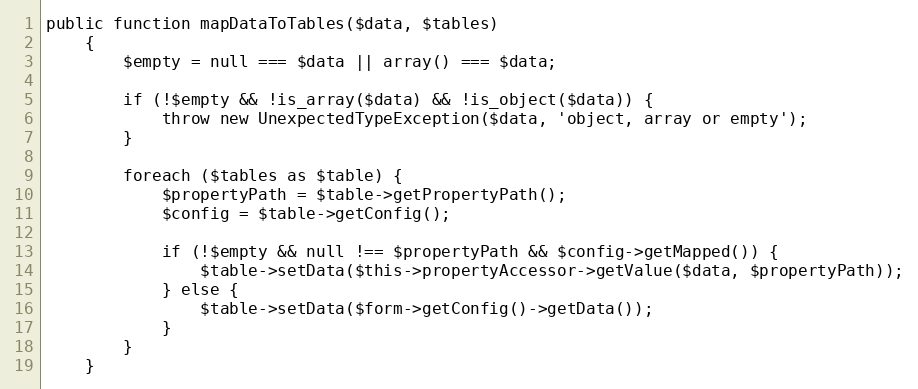
Language: PHP
public function mapDataToTables($data, $tables)
    {
        $empty = null === $data || array() === $data;

        if (!$empty && !is_array($data) && !is_object($data)) {
            throw new UnexpectedTypeException($data, 'object, array or empty');
        }

        foreach ($tables as $table) {
            $propertyPath = $table->getPropertyPath();
            $config = $table->getConfig();

            if (!$empty && null !== $propertyPath && $config->getMapped()) {
                $table->setData($this->propertyAccessor->getValue($data, $propertyPath));
            } else {
                $table->setData($form->getConfig()->getData());
            }
        }
    }